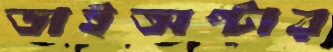
ডাইঅপ্টার